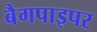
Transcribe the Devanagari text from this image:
बैगपाइपर